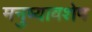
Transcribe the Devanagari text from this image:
मनुष्यावशेष